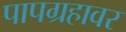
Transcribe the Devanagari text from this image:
पापग्रहावर